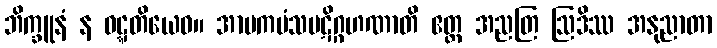
ဘိက္ခူနံ န ဝဋ္ဋတိယေဝ။ အာမကမံသပဋိဂ္ဂဟဏာတိ ဧတ္ထ အညတြ ဩဒိဿ အနုညာတာ